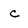
Character: c